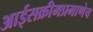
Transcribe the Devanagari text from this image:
आईसक्रीमप्रमाणेच